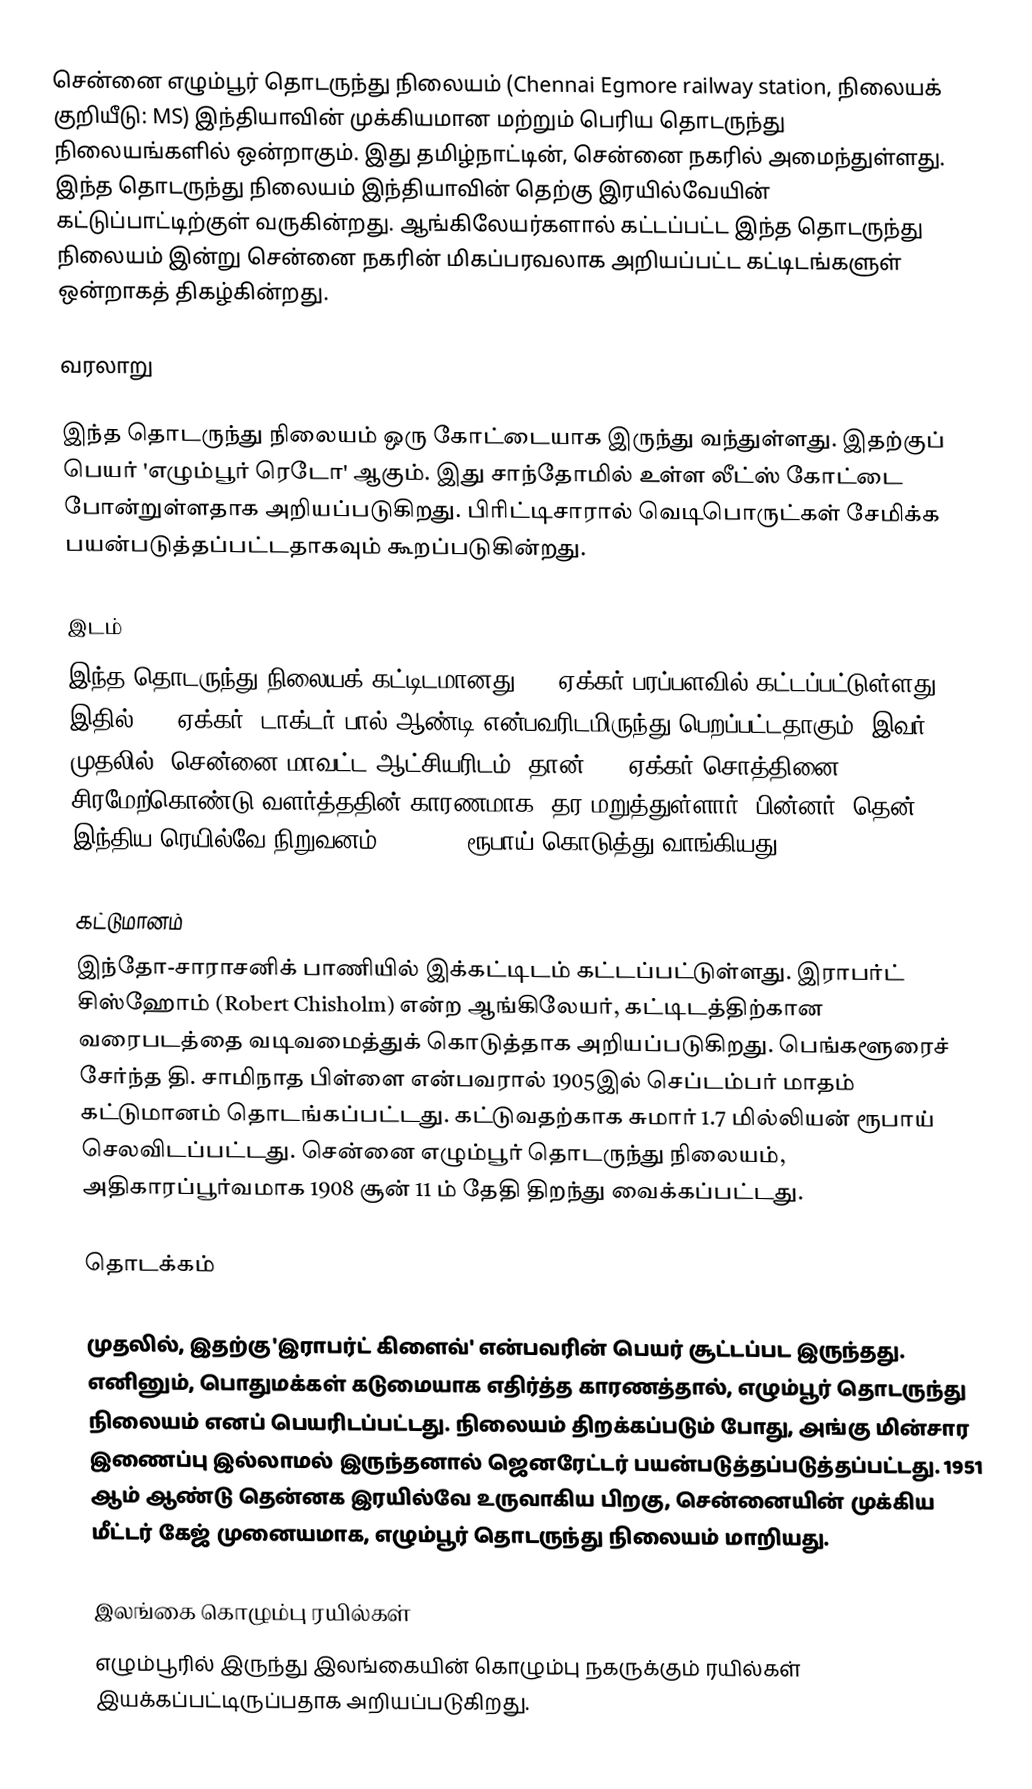
சென்னை எழும்பூர் தொடருந்து நிலையம் (Chennai Egmore railway station, நிலையக் குறியீடு: MS) இந்தியாவின் முக்கியமான மற்றும் பெரிய தொடருந்து நிலையங்களில் ஒன்றாகும். இது தமிழ்நாட்டின், சென்னை நகரில் அமைந்துள்ளது. இந்த தொடருந்து நிலையம் இந்தியாவின் தெற்கு இரயில்வேயின் கட்டுப்பாட்டிற்குள் வருகின்றது. ஆங்கிலேயர்களால் கட்டப்பட்ட இந்த தொடருந்து நிலையம் இன்று சென்னை நகரின் மிகப்பரவலாக அறியப்பட்ட கட்டிடங்களுள் ஒன்றாகத் திகழ்கின்றது.

வரலாறு

இந்த தொடருந்து நிலையம் ஒரு கோட்டையாக இருந்து வந்துள்ளது. இதற்குப் பெயர் 'எழும்பூர் ரெடோ' ஆகும். இது சாந்தோமில் உள்ள லீட்ஸ் கோட்டை போன்றுள்ளதாக அறியப்படுகிறது. பிரிட்டிசாரால் வெடிபொருட்கள் சேமிக்க பயன்படுத்தப்பட்டதாகவும் கூறப்படுகின்றது.

இடம்
இந்த தொடருந்து நிலையக் கட்டிடமானது 2.5 ஏக்கர் பரப்பளவில் கட்டப்பட்டுள்ளது. இதில் 1.7 ஏக்கர், டாக்டர் பால் ஆண்டி என்பவரிடமிருந்து பெறப்பட்டதாகும். இவர் முதலில், சென்னை மாவட்ட ஆட்சியரிடம், தான் 1.7 ஏக்கர் சொத்தினை சிரமேற்கொண்டு வளர்த்ததின் காரணமாக, தர மறுத்துள்ளார். பின்னர், தென்  இந்திய ரெயில்வே நிறுவனம் 1,00,000 ரூபாய் கொடுத்து வாங்கியது.

கட்டுமானம்
இந்தோ-சாராசனிக் பாணியில் இக்கட்டிடம் கட்டப்பட்டுள்ளது. இராபர்ட் சிஸ்ஹோம் (Robert Chisholm) என்ற ஆங்கிலேயர், கட்டிடத்திற்கான வரைபடத்தை வடிவமைத்துக் கொடுத்தாக அறியப்படுகிறது. பெங்களூரைச் சேர்ந்த தி. சாமிநாத பிள்ளை என்பவரால் 1905இல் செப்டம்பர் மாதம் கட்டுமானம் தொடங்கப்பட்டது. கட்டுவதற்காக சுமார் 1.7 மில்லியன் ரூபாய் செலவிடப்பட்டது. சென்னை எழும்பூர் தொடருந்து நிலையம், அதிகாரப்பூர்வமாக 1908 சூன் 11 ம் தேதி திறந்து வைக்கப்பட்டது.

தொடக்கம்

முதலில், இதற்கு 'இராபர்ட் கிளைவ்' என்பவரின் பெயர் சூட்டப்பட இருந்தது. எனினும், பொதுமக்கள் கடுமையாக எதிர்த்த காரணத்தால், எழும்பூர் தொடருந்து நிலையம் எனப் பெயரிடப்பட்டது. நிலையம் திறக்கப்படும் போது, அங்கு மின்சார இணைப்பு இல்லாமல் இருந்தனால் ஜெனரேட்டர் பயன்படுத்தப்படுத்தப்பட்டது. 1951 ஆம் ஆண்டு தென்னக இரயில்வே உருவாகிய பிறகு, சென்னையின் முக்கிய மீட்டர் கேஜ் முனையமாக, எழும்பூர் தொடருந்து நிலையம் மாறியது.

இலங்கை கொழும்பு ரயில்கள்
எழும்பூரில் இருந்து இலங்கையின் கொழும்பு நகருக்கும் ரயில்கள் இயக்கப்பட்டிருப்பதாக அறியப்படுகிறது.